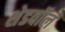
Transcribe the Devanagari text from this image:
शेडवॉल